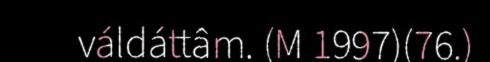
váldáttâm. (M 1997)(76.)